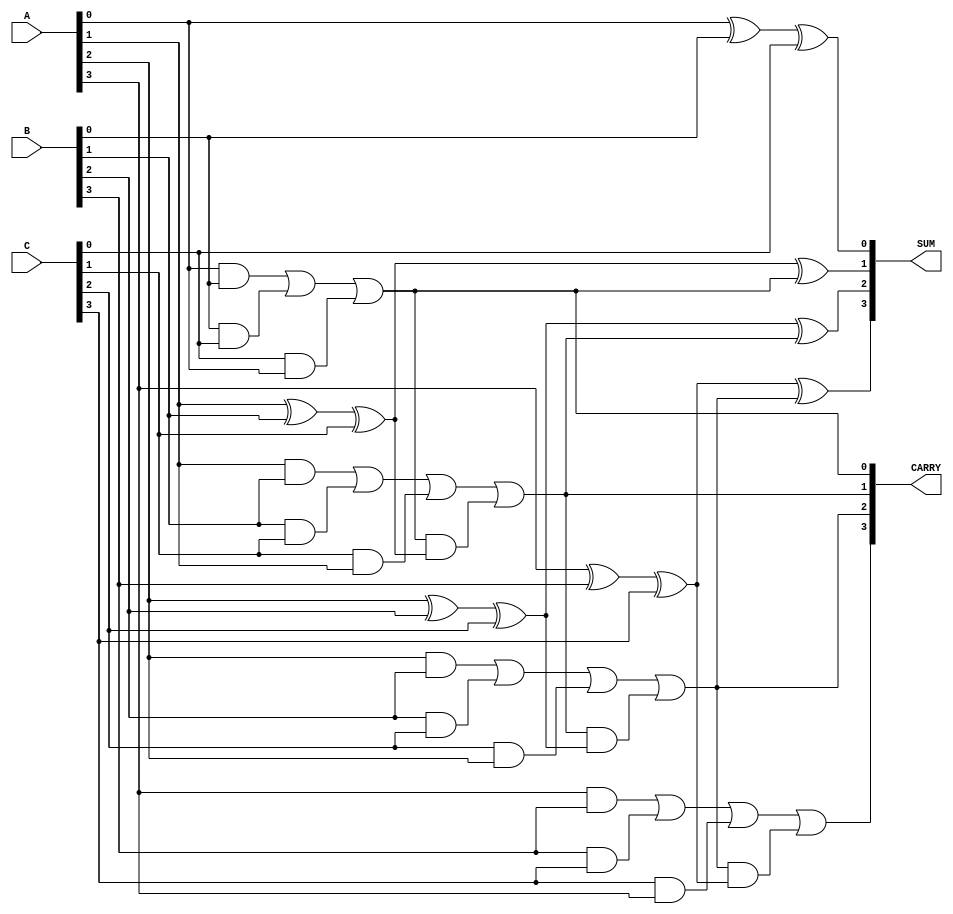
module CarrySaveAdder #(parameter WIDTH = 4) (
    input  wire [WIDTH-1:0] A,
    input  wire [WIDTH-1:0] B,
    input  wire [WIDTH-1:0] C,
    output wire [WIDTH-1:0] SUM,
    output wire [WIDTH:0]   CARRY
);

    // Intermediate signals for the full adder outputs
    wire [WIDTH-1:0] sum_temp;
    wire [WIDTH:0] carry_temp;

    // Full Adders for each bit position
    genvar i;
    generate
        for (i = 0; i < WIDTH; i = i + 1) begin : CSA
            if (i == 0) begin
                // For the least significant bit, we only use a half adder
                assign sum_temp[i] = A[i] ^ B[i] ^ C[i];
                assign carry_temp[i] = (A[i] & B[i]) | (B[i] & C[i]) | (C[i] & A[i]);
            end else begin
                // For other bits, use full adders
                assign sum_temp[i] = A[i] ^ B[i] ^ C[i] ^ carry_temp[i-1];
                assign carry_temp[i] = (A[i] & B[i]) | (B[i] & C[i]) | (C[i] & A[i]) | (carry_temp[i-1] & (A[i] ^ B[i] ^ C[i]));
            end
        end
    endgenerate

    // Final outputs
    assign SUM = sum_temp;
    assign CARRY = carry_temp;

endmodule